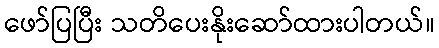
ဖော်ပြပြီး သတိပေးနိုးဆော်ထားပါတယ်။